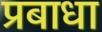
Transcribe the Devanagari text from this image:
प्रबाधा